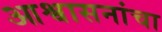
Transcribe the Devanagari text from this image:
आश्वासनांचा